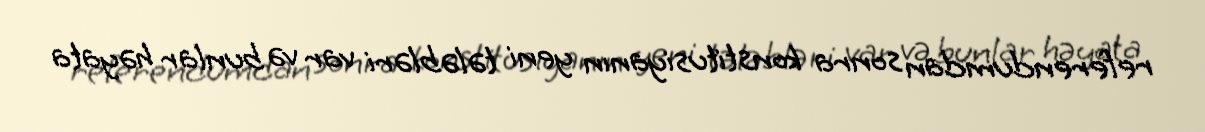
referendumdan sonra konstitusiyanın yeni tələbləri var və bunlar həyata